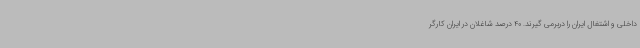
داخلی و اشتغال ایران را دربرمی گیرند. 40 درصد شاغلان در ایران کارگر